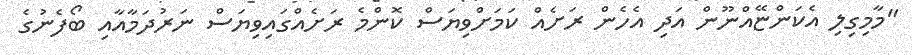
"މާމިގިލި އެކަންޏޭއްނޫން އަދި އެހެން ރަށެއް ކަމަށްވިޔަސް ކޮންމެ ރަށެއްގައިވިޔަސް ނަރުދަމާއާއި ބޯފެނުގެ